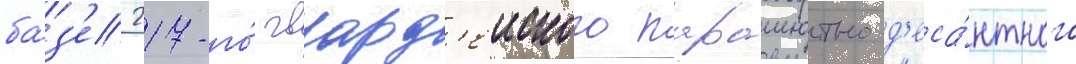
ба́з'е 217-го́ гвард'еиского парашютно-д'еса́нтного